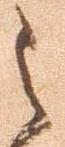
之